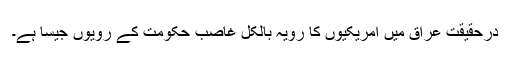
درحقیقت عراق میں امریکیوں کا رویہ بالکل غاصب حکومت کے رویوں جیسا ہے۔